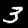
Digit: 3